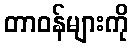
တာဝန်များကို